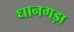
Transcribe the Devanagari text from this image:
धानगड़ा